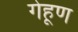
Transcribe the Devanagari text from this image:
गेहूण